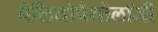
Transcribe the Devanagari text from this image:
पैलियोपैथोलॉजी